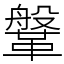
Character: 鞶